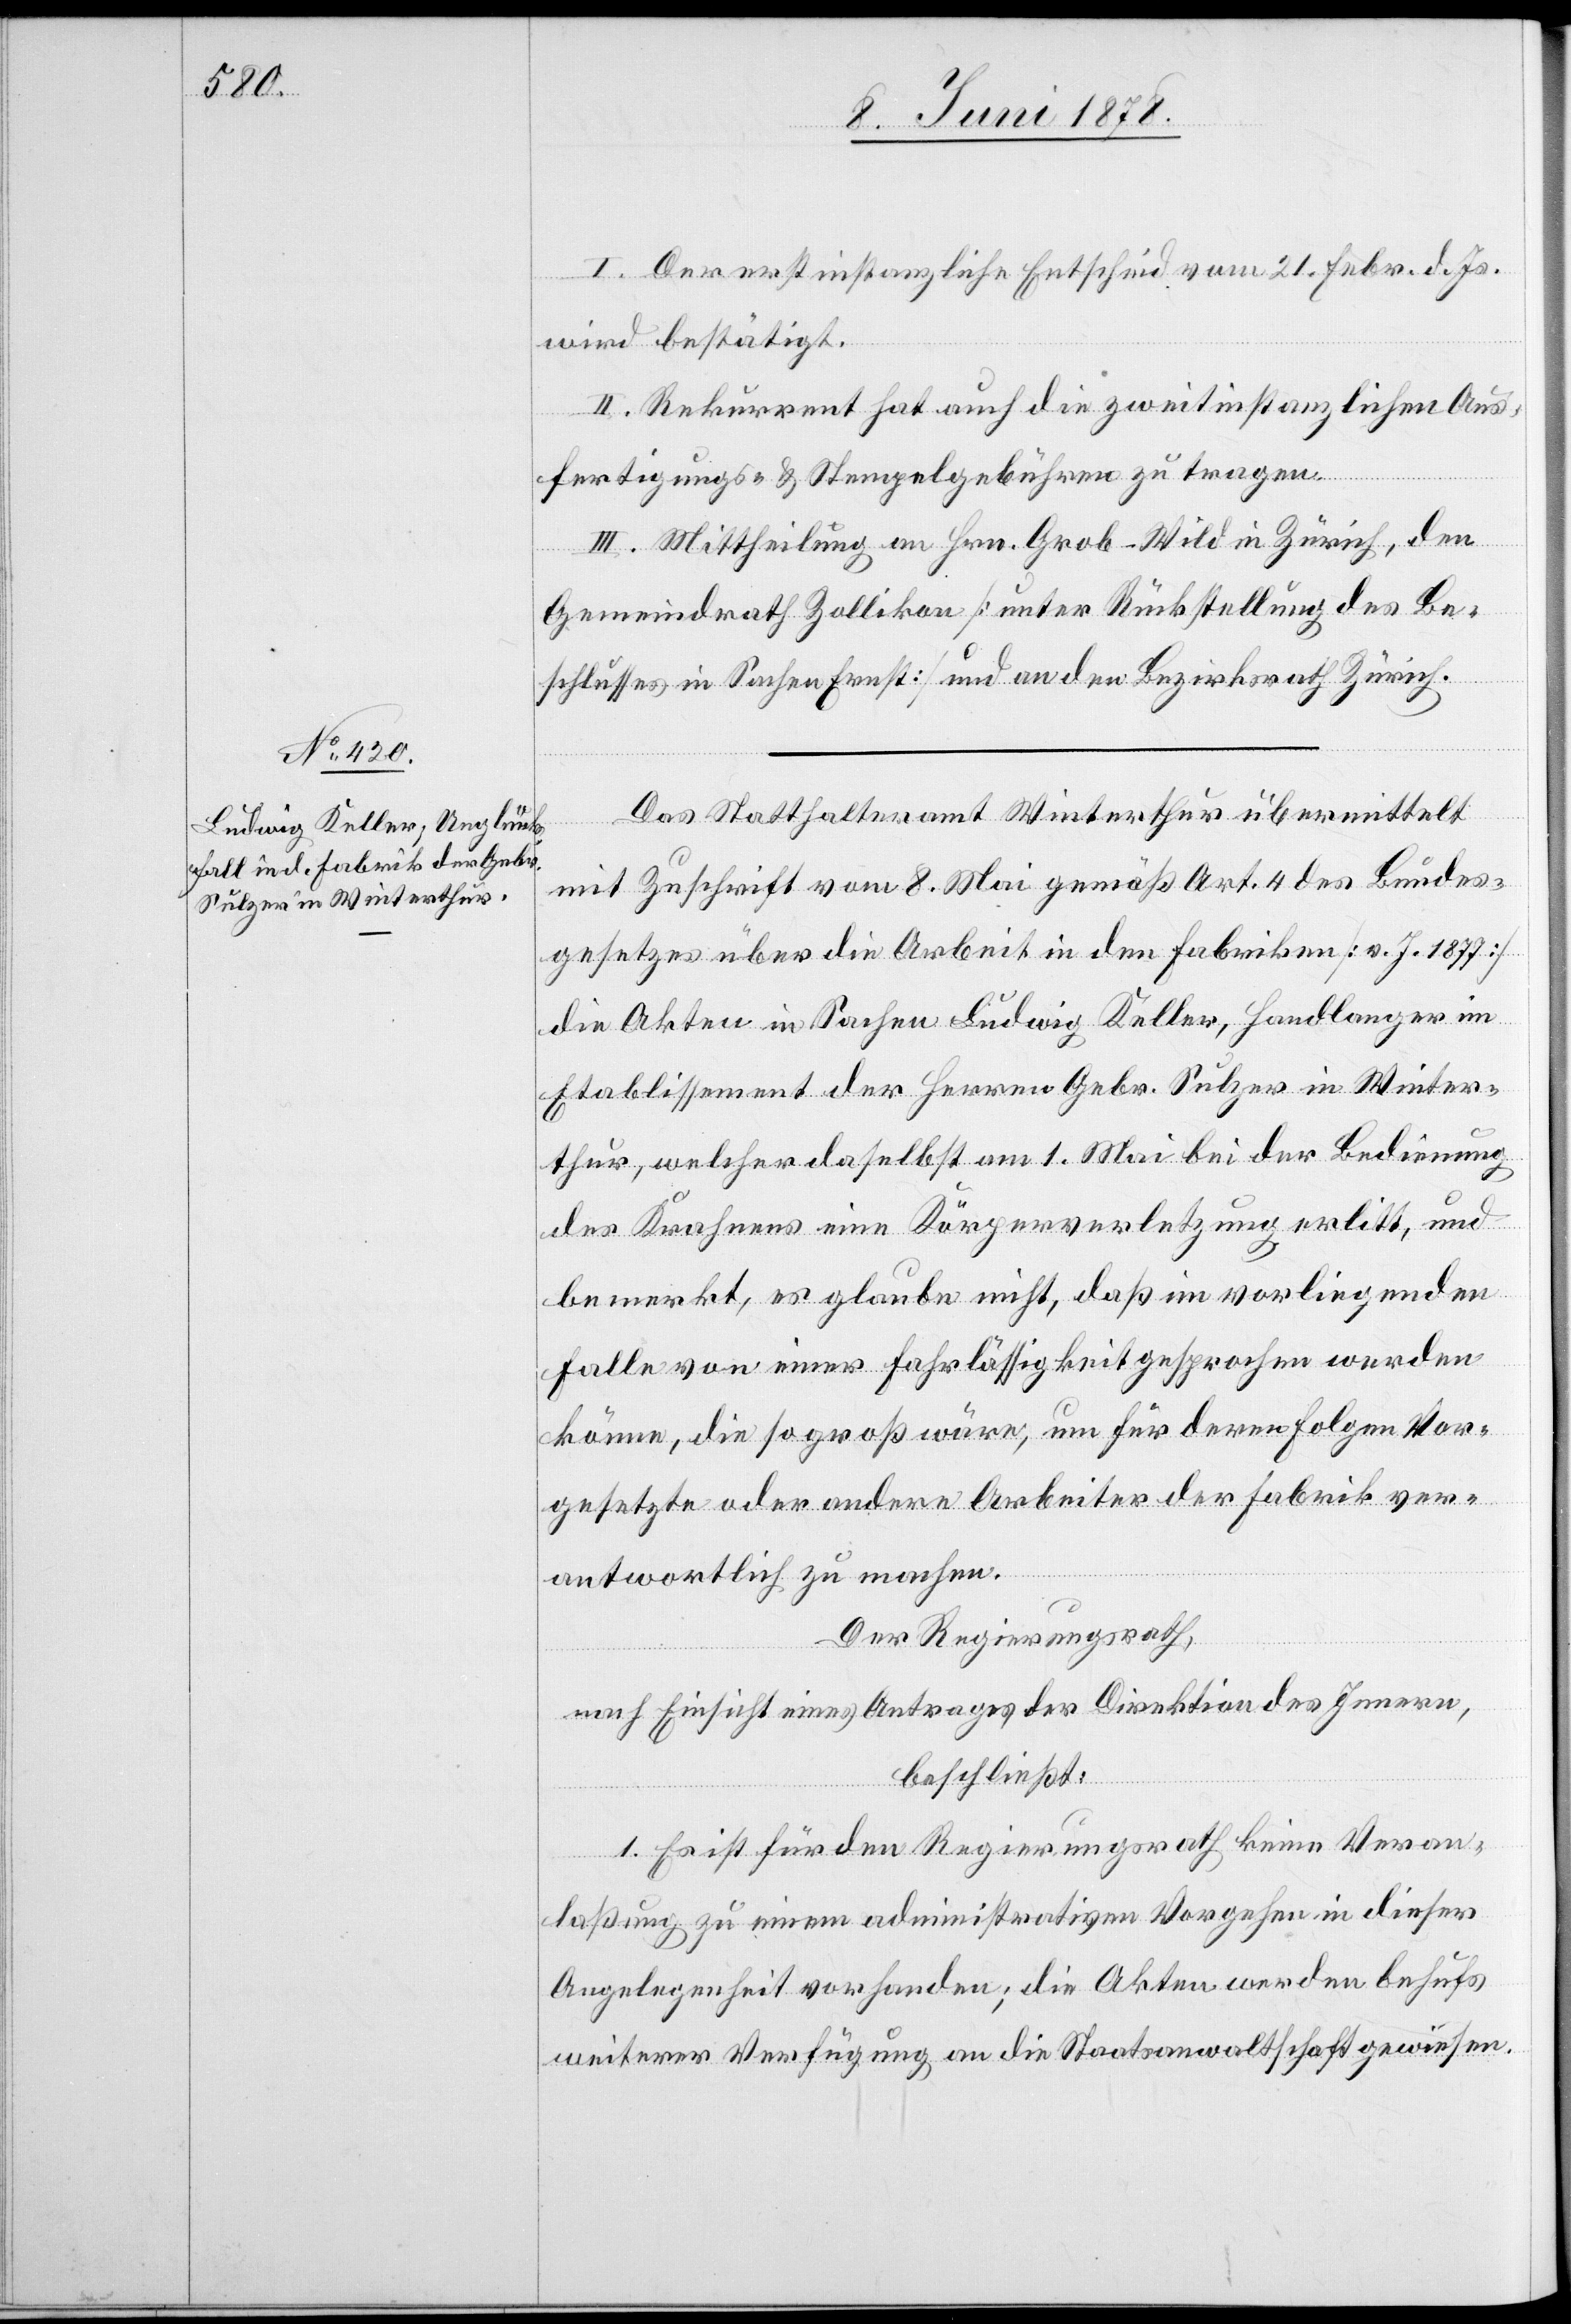
I. Der erstinstanzliche Entscheid vom 21. Febr. d. Js.
wird bestätigt.
II. Rekurrent hat auch die zweitinstanzlichen Aus¬
fertigungs- & Stempelgebühren zu tragen.
III. Mittheilung an Hrn. Grob-Wild in Zürich, den
Gemeindrath Zollikon [unter Rückstellung des Be¬
schlusses in Sachen Ernst] und an den Bezirksrath Zürich.
Das Statthalteramt Winterthur übermittelt
mit Zuschrift vom 8. Mai gemäß Art. 4 des Bundes¬
gesetzes über die Arbeit in den Fabriken [v. J. 1877]
die Akten in Sachen Ludwig Keller, Handlanger im
Etablissement der Herren Gebr. Sulzer in Winter¬
thur, welcher daselbst am 1. Mai bei der Bedienung
des Krahnens eine Körperverletzung erlitt, und
bemerkt, er glaube nicht, daß im vorliegenden
Falle von einer Fahrlässigkeit gesprochen werden
könne, die so groß wäre, um für deren Folgen Vor¬
gesetzte oder andere Arbeiter der Fabrik ver¬
antwortlich zu machen.
Der Regierungsrath,
nach Einsicht eines Antrages der Direktion des Innern,
beschließt:
1. Es ist für den Regierungsrath keine Veran¬
laßung zu einem administrativen Vorgehen in dieser
Angelegenheit vorhanden; die Akten werden behufs
weiterer Verfügung an die Staatsanwaltschaft gewiesen.